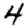
Digit: 4